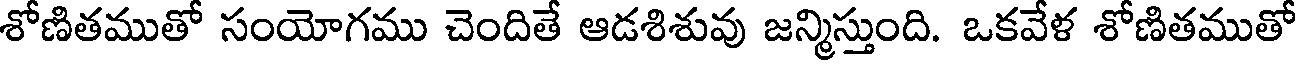
శోణితముతో సంయోగము చెందితే ఆడశిశువు జన్మిస్తుంది. ఒకవేళ శోణితముతో